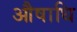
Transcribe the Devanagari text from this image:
औषाधि